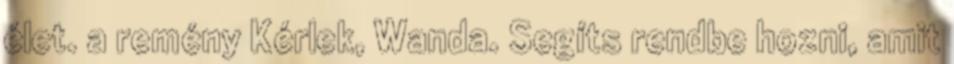
élet. a remény Kérlek, Wanda. Segíts rendbe hozni, amit